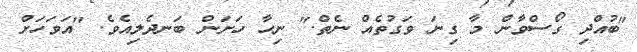
"ބުއްދި ގޯސްވާން މާ ގިނަ ވަގުތެއް ނެތް." ނިހާ ހަށަން ބަނދެލިއެވެ. "އަވަހަށް